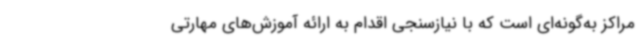
مراکز به‌گونه‌ای است که با نیازسنجی اقدام به ارائه آموزش‌های مهارتی